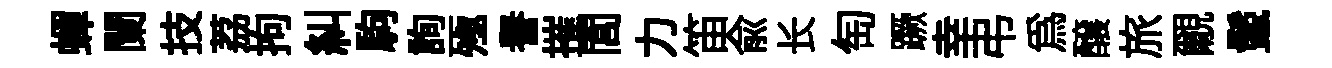
蟬闌技荔拘糾駒詢殛譽摧閭力笛俞长匋蹶幸弔爲醸旅覼鬛